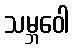
သမ္ဘဝေါ